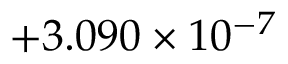
\phantom { 0 } { + 3 . 0 9 0 } \times 1 0 ^ { - 7 }